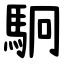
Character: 駉